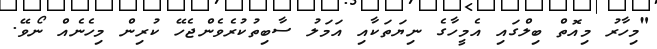
"މިހާރު މިއޮތް ބިލްގައި އެމީހާގެ ނިޔަތަކާއި އަމަލު ސާބިތުކުރެވެންޖެހޭ ކުރިން މިހެނެއް ނޯވޭ.